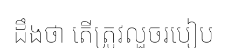
ដឹងថា តើត្រូវលួចរបៀប